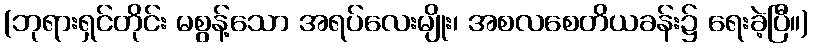
(ဘုရားရှင်တိုင်း မစွန့်သော အရပ်လေးမျိုး၊ အစလစေတိယခန်း၌ ရေးခဲ့ပြီ။)